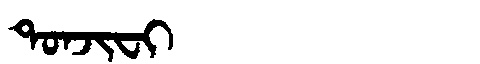
Manchu: ᡨᠣᠨᠵᡳᠸᡳ
Romanization: TONJIFI